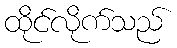
ထိုင်လိုက်သည်